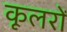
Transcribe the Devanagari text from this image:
कूलरों